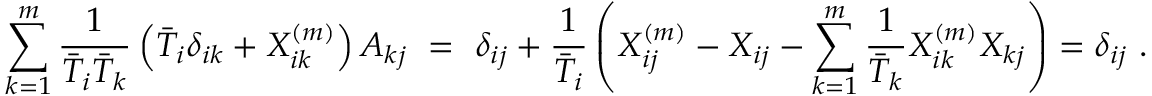
\sum _ { k = 1 } ^ { m } { \frac { 1 } { \bar { T } _ { i } \bar { T } _ { k } } } \left( \bar { T } _ { i } \delta _ { i k } + X _ { i k } ^ { ( m ) } \right) A _ { k j } \ = \ \delta _ { i j } + { \frac { 1 } { { \bar { T } } _ { i } } } \left( X _ { i j } ^ { ( m ) } - X _ { i j } - \sum _ { k = 1 } ^ { m } { \frac { 1 } { { \bar { T } } _ { k } } } X _ { i k } ^ { ( m ) } X _ { k j } \right) = \delta _ { i j } \ .